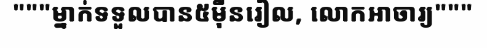
"""ម្នាក់ទទួលបាន៥ម៉ឺនរៀល, លោកអាចារ្យ"""